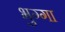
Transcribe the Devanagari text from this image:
भुग्गा